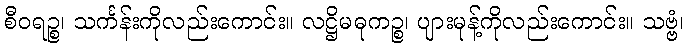
စီဝရဉ္စ၊ သင်္ကန်းကိုလည်းကောင်း။ လဋ္ဌိမဓုကဉ္စ၊ ပျားမုန့်ကိုလည်းကောင်း။ သဗ္ဗံ၊